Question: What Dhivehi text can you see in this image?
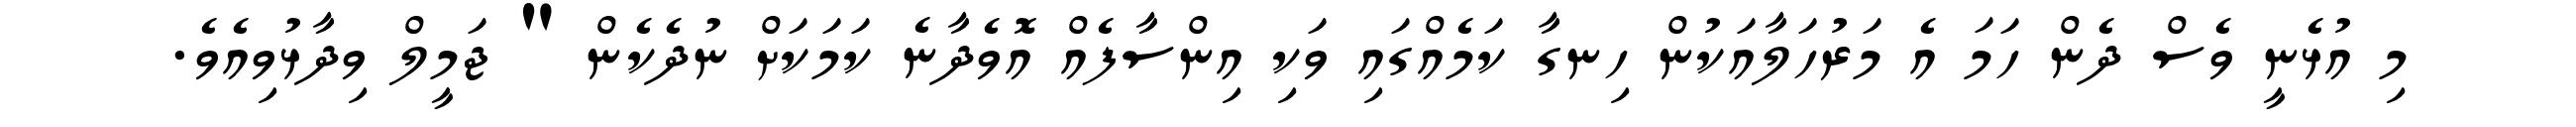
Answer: މި އުޅެނީ ވެސް ދެން ހަމަ އެ މަރުހަލާއަކުން ހިނގާ ކަމެއްގައި ވަކި އިންސާފެއް އޮވެދާނެ ކަމަކަށް ނުދެކެން " ޖަމީލް ވިދާޅުވިއެވެ.